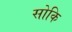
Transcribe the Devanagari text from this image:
सोकि